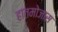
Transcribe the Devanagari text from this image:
हातमोजास